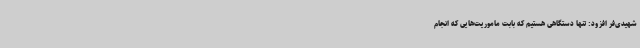
شهیدی‌فر افزود: تنها دستگاهی هستیم که بابت ماموریت‌هایی که انجام